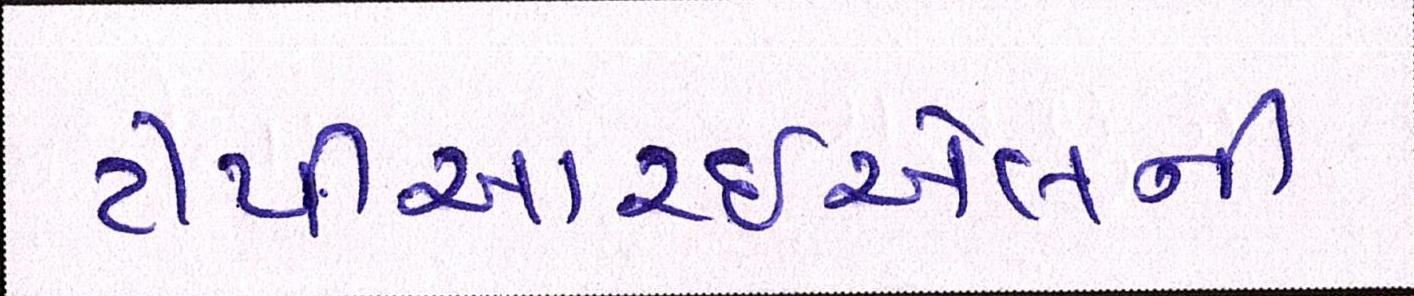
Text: ટીપીઆરઇએલની